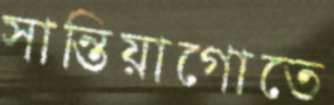
সান্তিয়াগোতে